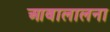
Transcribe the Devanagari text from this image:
आबालालना